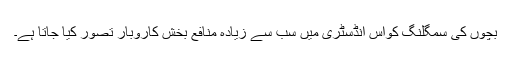
بچوں کی سمگلنگ کواس انڈسٹری میں سب سے زیادہ منافع بخش کاروبار تصور کیا جاتا ہے۔